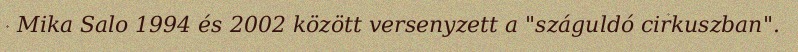
Mika Salo 1994 és 2002 között versenyzett a "száguldó cirkuszban".